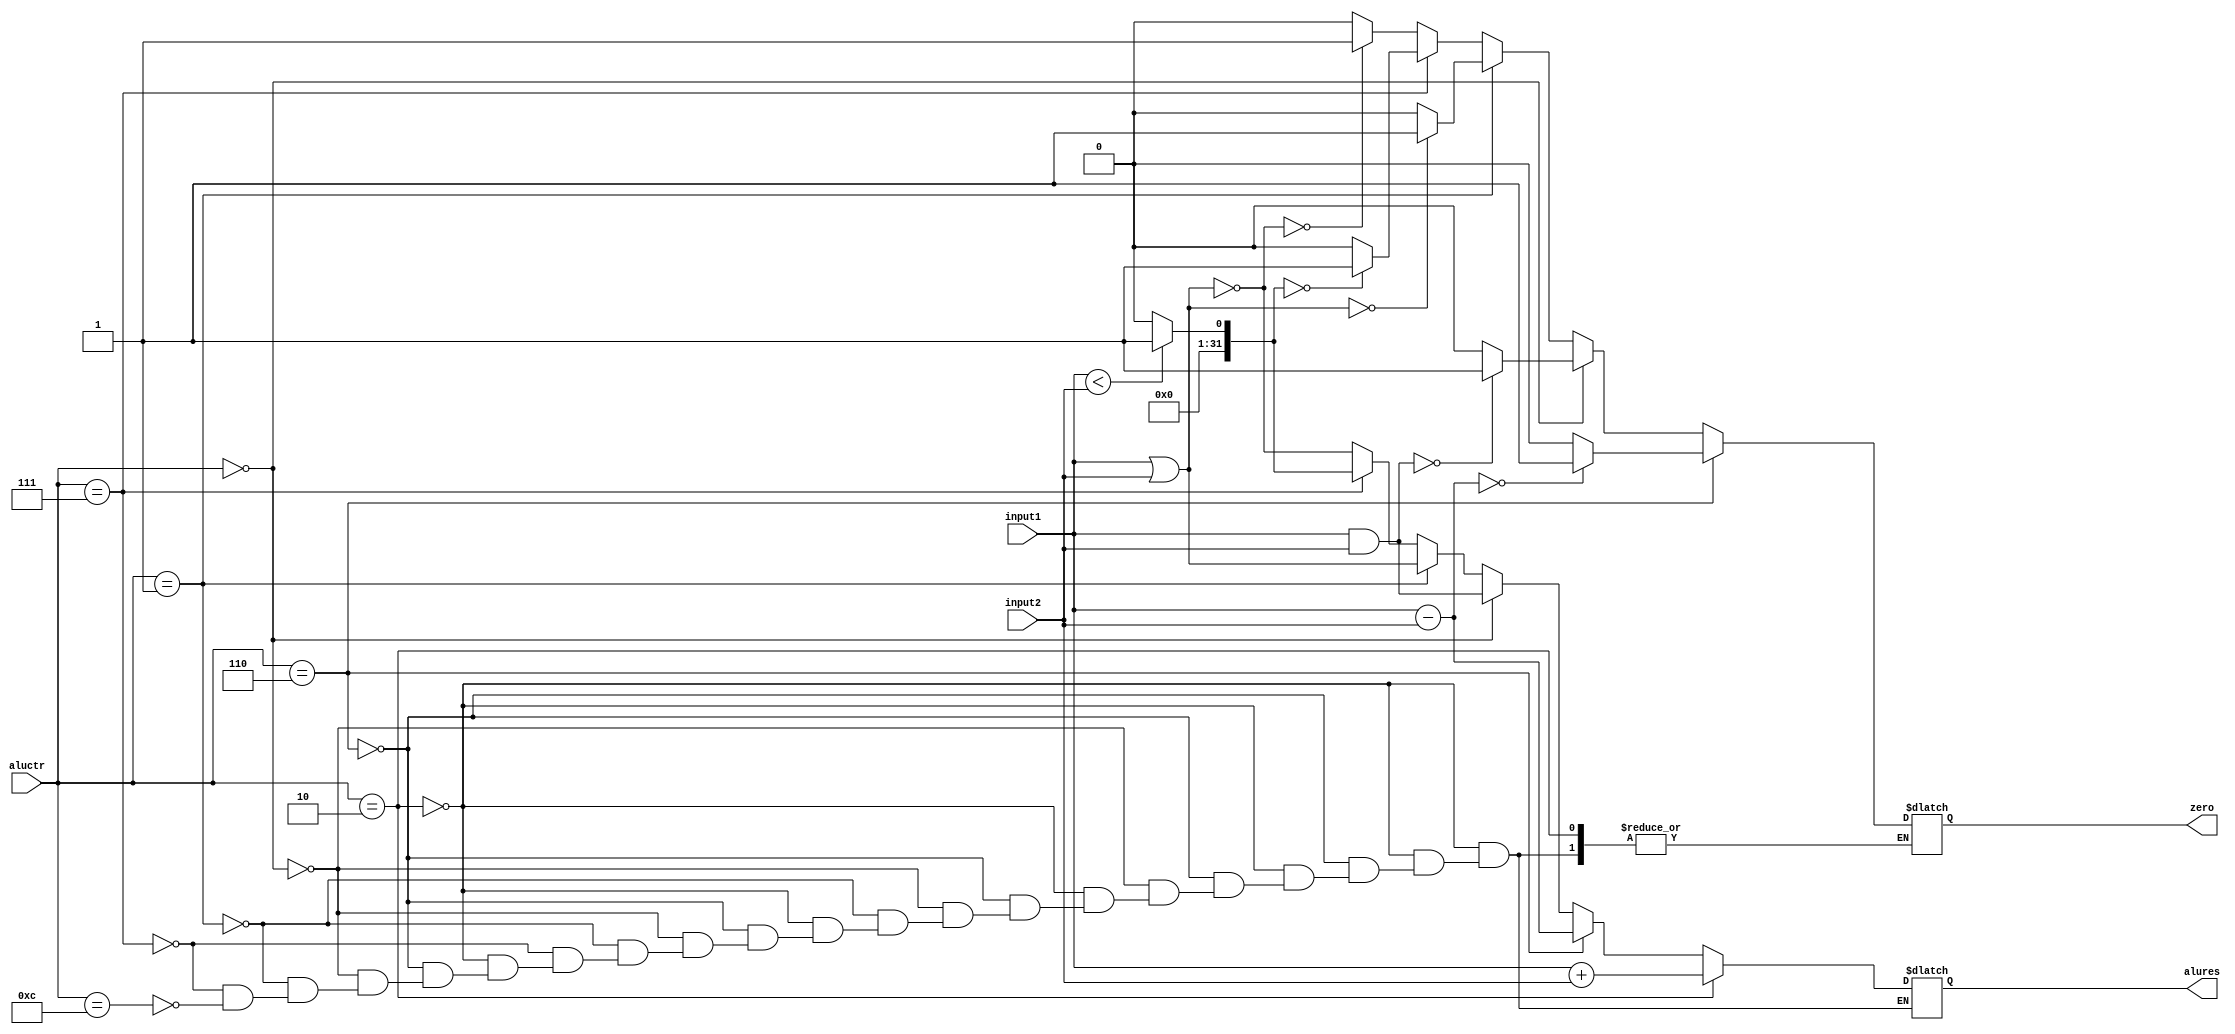
`timescale 1ns / 1ps
//////////////////////////////////////////////////////////////////////////////////
// Company: 
// Engineer: 
// 
// Design Name: 
// Module Name: ALU
// Project Name: 
// Target Devices: 
// Tool Versions: 
// Description: 
// 
// Dependencies: 
// 
// Revision:
// Revision 0.01 - File Created
// Additional Comments:
// 
//////////////////////////////////////////////////////////////////////////////////


module ALU(
    input [31:0] input1,
    input [31:0] input2,
    input [3:0] aluctr,
    output reg zero,
    output reg [31:0] alures
    );
    
    always @ (input1 or input2 or aluctr)
    begin
        if(aluctr==4'b0010)//add
            alures=input1+input2;
        else if(aluctr==4'b0110)//sub
        begin
            alures=input1-input2;
            if(alures==0)
                zero=1;
            else
                zero=0;
         end
         else if(aluctr==4'b0000)//and
            begin
            alures=input1&input2;
            if(alures==0)
                zero=1;
            else
                zero=0;
            end
         else if(aluctr==4'b0001)//or
            begin 
            alures=input1|input2;
            if(alures==0)
                zero=1;
            else
                zero=0;
                end
         else if(aluctr==4'b0111)//set on less than
         begin
               if(input1<input2)
                alures=1;
               else
               alures=0;
               if(alures==0)
                zero=1;
            else
                zero=0;           
         end
         else if(aluctr==4'b1100)//nor
         begin
            alures=~(input1|input2);
            if(alures==0)
                zero=1;
            else
                zero=0;
                end
    end
endmodule